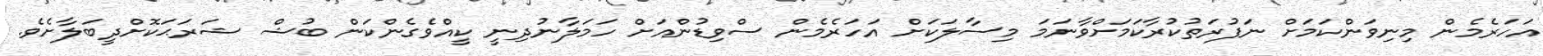
އަހަރެމެން މިނިވަންކަމަށް ނަފުރަތުކުރާކަމަށްވާނަމަ މިސާލަކަށް އަހަރެމެން ސްވިޑުންއަށް ހަމަލާނުދިނީ ކީއްވެގެންކަން ބުޝް ޝަރަޙަކޮށްދީބަލާށެވެ.